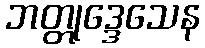
ဘတ္တုဒ္ဒေသေန